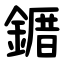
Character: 䥄